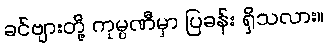
ခင်ဗျားတို့ ကုမ္ပဏီမှာ ပြခန်း ရှိသလား။